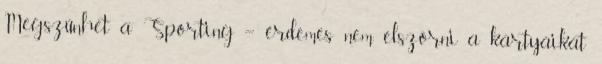
Megszűnhet a Sporting – érdemes nem elszórni a kártyáikat